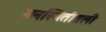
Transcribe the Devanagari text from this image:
मनस्थितीतली